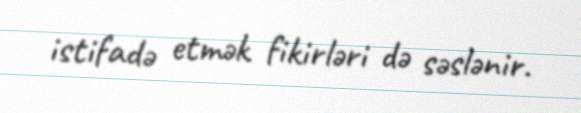
istifadə etmək fikirləri də səslənir.